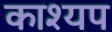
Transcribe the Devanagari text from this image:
काश्‍यप